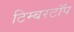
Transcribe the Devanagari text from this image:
टिम्बरटॉप